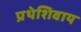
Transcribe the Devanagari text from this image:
प्रथेशिवाय